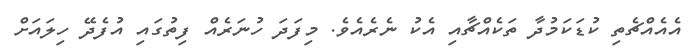
އެއެއްޗެތި ކުޑަކަމުދާ ތަކެއްޗާއި އެކު ނެރެއެވެ. މިފަދަ ހުނަރެއް ފިތުގައި އުފެދޭ ހިލައަށް